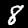
Label: 8